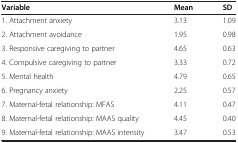
<table><thead><tr><td><b>Variable</b></td><td><b>Mean</b></td><td><b>SD</b></td></tr></thead><tbody><tr><td>1. Attachment anxiety</td><td>3.13</td><td>1.09</td></tr><tr><td>2. Attachment avoidance</td><td>1.95</td><td>0.98</td></tr><tr><td>3. Responsive caregiving to partner</td><td>4.65</td><td>0.63</td></tr><tr><td>4. Compulsive caregiving to partner</td><td>3.33</td><td>0.72</td></tr><tr><td>5. Mental health</td><td>4.79</td><td>0.65</td></tr><tr><td>6. Pregnancy anxiety</td><td>2.25</td><td>0.57</td></tr><tr><td>7. Maternal-fetal relationship: MFAS</td><td>4.11</td><td>0.47</td></tr><tr><td>8. Maternal-fetal relationship: MAAS quality</td><td>4.45</td><td>0.40</td></tr><tr><td>9. Maternal-fetal relationship: MAAS intensity</td><td>3.47</td><td>0.53</td></tr></tbody></table>